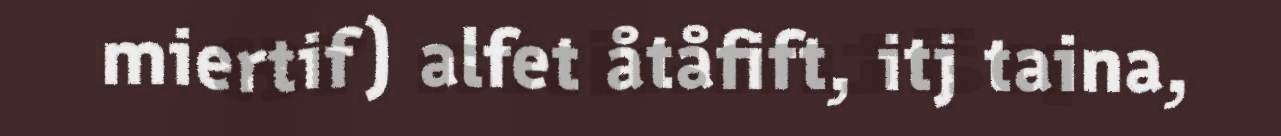
miertif) alfet åtåfift, itj taina,